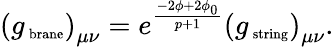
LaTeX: \left(g_{\mathrm{\scriptsize~brane}}\right)_{\mu\nu}=e^{\frac{-2\phi+2\phi_{0}}{p+1}}\left(g_{\mathrm{\scriptsize~string}}\right)_{\mu\nu}.